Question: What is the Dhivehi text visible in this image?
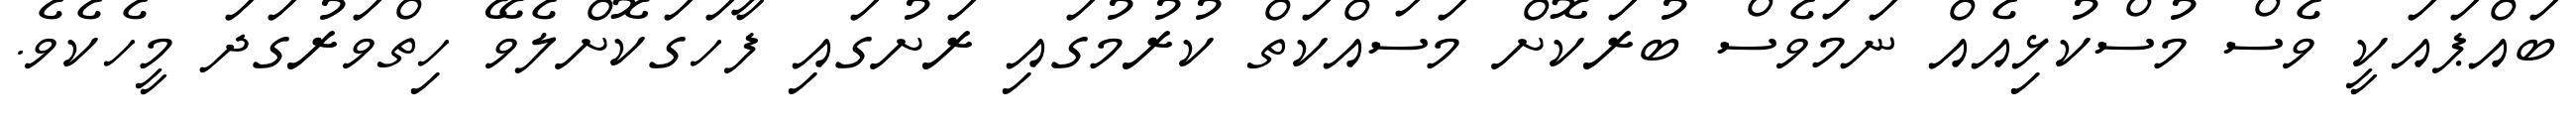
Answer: ބައްޕައަކީ ވެސް މުސްކުޅިއެއް ނަމަވެސް ބުރަކޮށް މަސައްކަތް ކުރުމުގައި ރަށުގައި ފާހަގަކޮށްލެވޭ ހިތްވަރުގަދަ މީހެކެވެ.